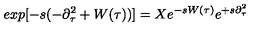
e x p [ - s ( - \partial _ { \tau } ^ { 2 } + W ( \tau ) ) ] = X e ^ { - s W ( \tau ) } e ^ { + s \partial _ { \tau } ^ { 2 } }